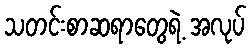
သတင်းစာဆရာတွေရဲ့ အလုပ်